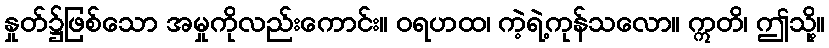
နှုတ်၌ဖြစ်သော အမှုကိုလည်းကောင်း။ ဝရဟထ၊ ကဲ့ရဲ့ကုန်သလော။ ဣတိ၊ ဤသို့။